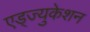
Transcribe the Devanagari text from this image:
एड्ज्युकेशन